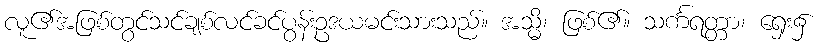
လူ၏အဖြစ်တွင်သင်ချစ်လင်ခင်ပွန်းဥဒယမင်းသားသည်။ အသ္မိ၊ ဖြစ်၏။ သင်္ကရတ္တာ၊ ရှေး၌